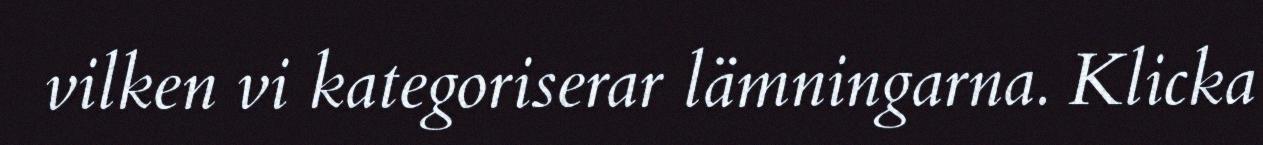
vilken vi kategoriserar lämningarna. Klicka